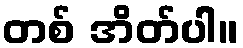
တစ် အိတ်ပါ။